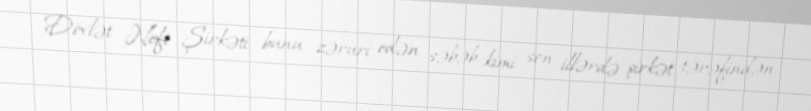
Dövlət Neft Şirkəti bunu zəruri edən səbəb kimi son illərdə şirkət tərəfindən